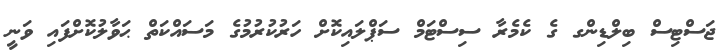
ޖަސްޓިސް ބިލްޑިންގ ގެ ކެމެރާ ސިސްޓަމް ސަޕްލައިކޮށް ހަރުކުރުމުގެ މަސައްކަތް ޙަވާލުކޮށްފައި ވަނީ